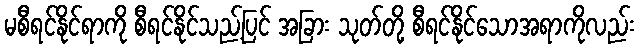
မစီရင်နိုင်ရာကို စီရင်နိုင်သည့်ပြင် အခြား သုတ်တို့ စီရင်နိုင်သောအရာကိုလည်း